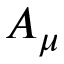
A _ { \mu }